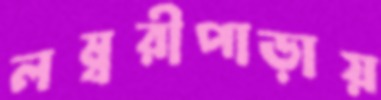
লম্বরীপাড়ায়